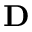
\mathbf { D }